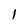
Character: l